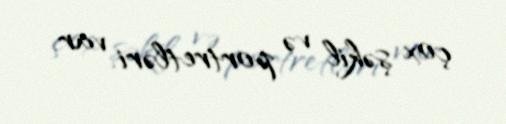
çox şəkil və portretləri var.